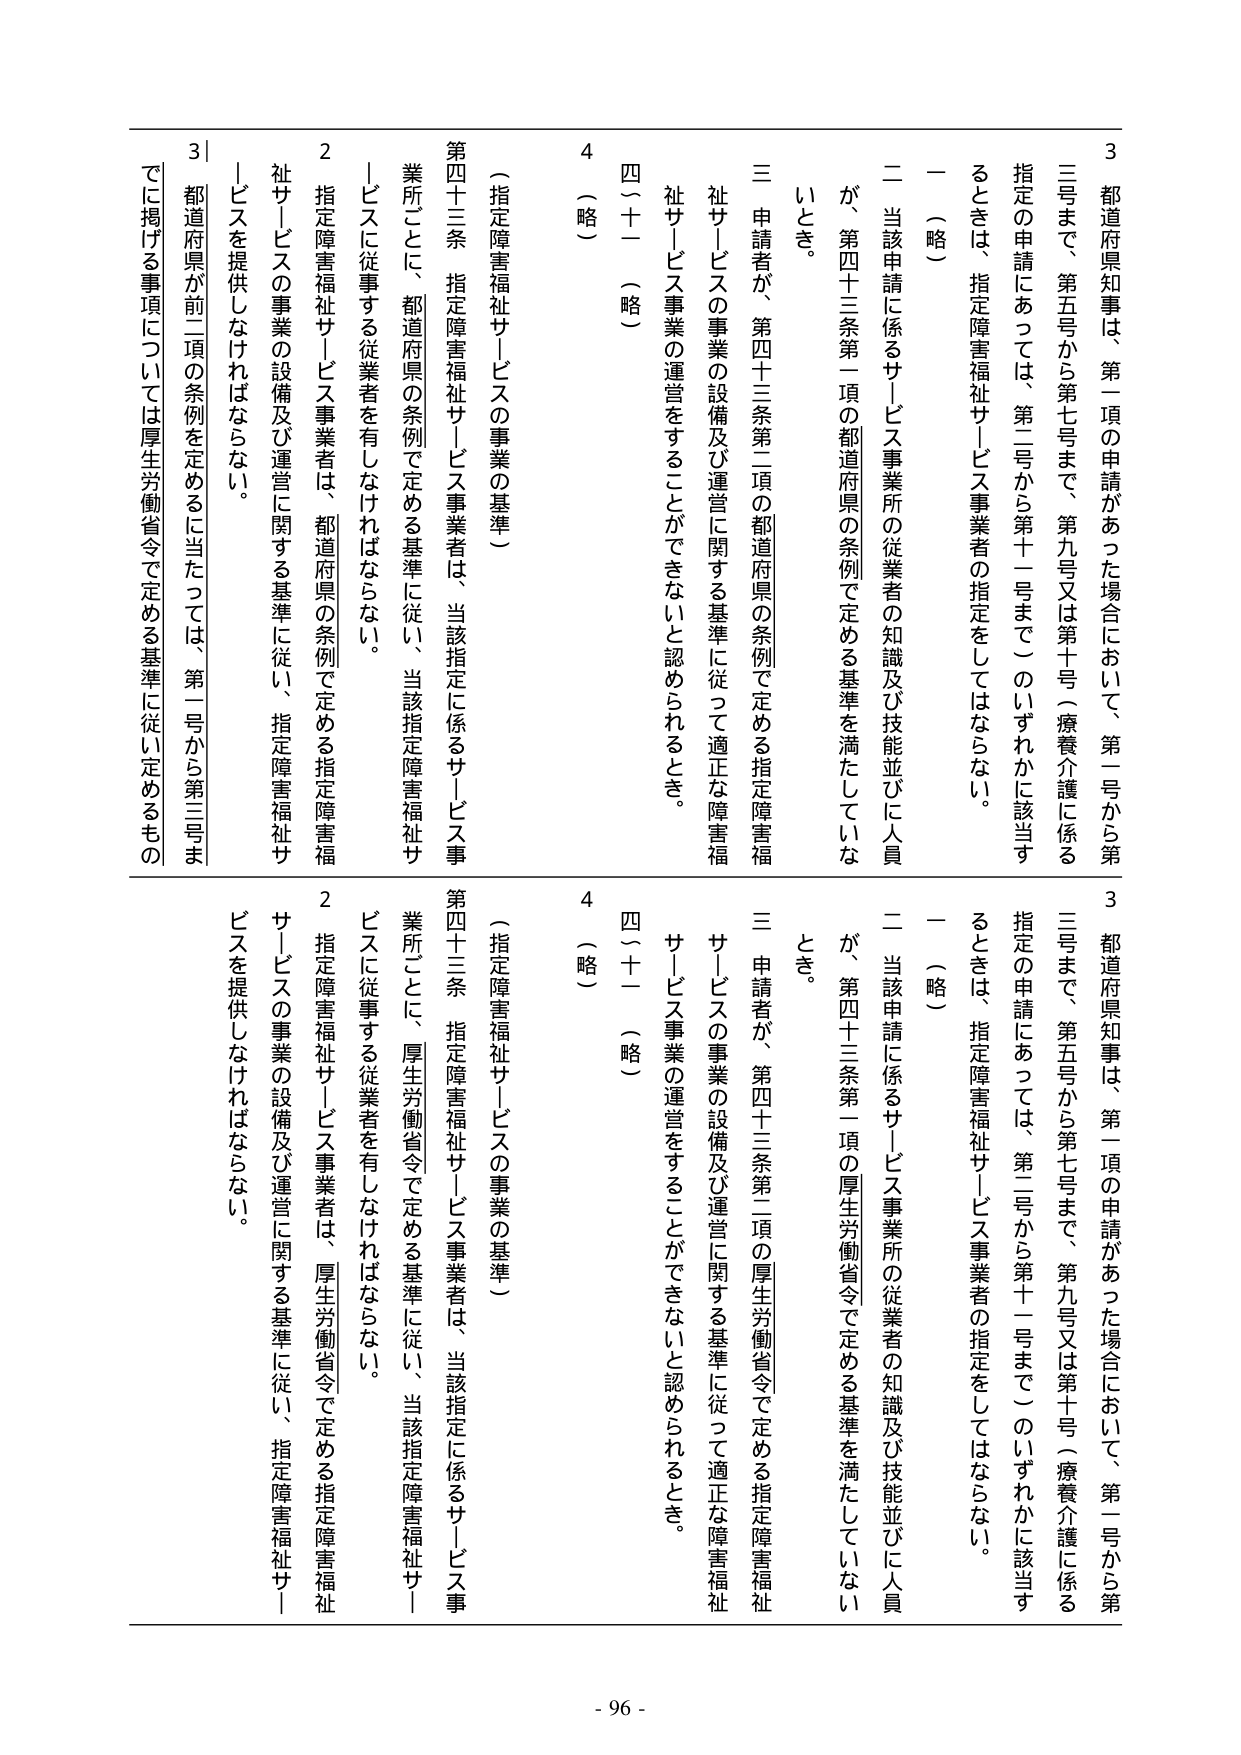
3 都道府県知事は、第一項の申請があった場合において、第一号から第三号まで、第五号から第七号まで、第九号又は第十号（療養介護に係る指定の申請にあっては、第二号から第十一号まで）のいずれかに該当するときは、指定障害福祉サービス事業者の指定をしてはならない。
一 （略）
二 当該申請に係るサービス事業所の従業者の知識及び技能並びに人員が、第四十三条第一項の都道府県の条例で定める基準を満たしていないとき。
三 申請者が、第四十三条第二項の都道府県の条例で定める指定障害福祉サービスの事業の設備及び運営に関する基準に従って適正な障害福祉サービス事業の運営をすることができないと認められるとき。
四～十一 （略）
4 （略）

（指定障害福祉サービスの事業の基準）
第四十三条 指定障害福祉サービス事業者は、当該指定に係るサービス事業所ごとに、都道府県の条例で定める基準に従い、当該指定障害福祉サービスに従事する従業者を有しなければならない。
2 指定障害福祉サービス事業者は、都道府県の条例で定める指定障害福祉サービスの事業の設備及び運営に関する基準に従い、指定障害福祉サービスを提供しなければならない。
3 都道府県が前二項の条例を定めるに当たっては、第一号から第三号までに掲げる事項については厚生労働省令で定める基準に従い定めるもの

3 都道府県知事は、第一項の申請があった場合において、第一号から第三号まで、第五号から第七号まで、第九号又は第十号（療養介護に係る指定の申請にあっては、第二号から第十一号まで）のいずれかに該当するときは、指定障害福祉サービス事業者の指定をしてはならない。
一 （略）
二 当該申請に係るサービス事業所の従業者の知識及び技能並びに人員が、第四十三条第一項の厚生労働省令で定める基準を満たしていないとき。
三 申請者が、第四十三条第二項の厚生労働省令で定める指定障害福祉サービスの事業の設備及び運営に関する基準に従って適正な障害福祉サービス事業の運営をすることができないと認められるとき。
四～十一 （略）
4 （略）

（指定障害福祉サービスの事業の基準）
第四十三条 指定障害福祉サービス事業者は、当該指定に係るサービス事業所ごとに、厚生労働省令で定める基準に従い、当該指定障害福祉サービスに従事する従業者を有しなければならない。
2 指定障害福祉サービス事業者は、厚生労働省令で定める指定障害福祉サービスの事業の設備及び運営に関する基準に従い、指定障害福祉サービスを提供しなければならない。

- 96 -